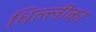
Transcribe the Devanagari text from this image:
धिल्लीका